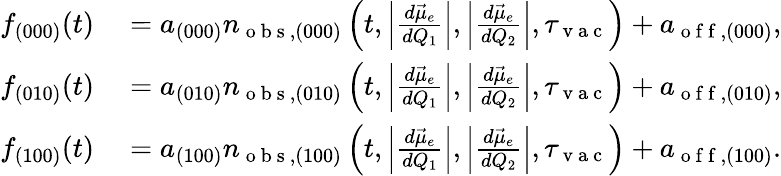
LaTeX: \begin{array}{rl}{f_{(000)}(t)}&{{}=a_{(000)}n_{\mathrm{~o~b~s~},(000)}\left(t,\left|\frac{d\vec{\mu}_{e}}{dQ_{1}}\right|,\left|\frac{d\vec{\mu}_{e}}{dQ_{2}}\right|,\tau_{\mathrm{~v~a~c~}}\right)+a_{\mathrm{~o~f~f~},(000)},}\\ {f_{(010)}(t)}&{{}=a_{(010)}n_{\mathrm{~o~b~s~},(010)}\left(t,\left|\frac{d\vec{\mu}_{e}}{dQ_{1}}\right|,\left|\frac{d\vec{\mu}_{e}}{dQ_{2}}\right|,\tau_{\mathrm{~v~a~c~}}\right)+a_{\mathrm{~o~f~f~},(010)},}\\ {f_{(100)}(t)}&{{}=a_{(100)}n_{\mathrm{~o~b~s~},(100)}\left(t,\left|\frac{d\vec{\mu}_{e}}{dQ_{1}}\right|,\left|\frac{d\vec{\mu}_{e}}{dQ_{2}}\right|,\tau_{\mathrm{~v~a~c~}}\right)+a_{\mathrm{~o~f~f~},(100)}.}\end{array}